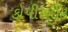
કોપીરાઈટ